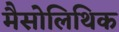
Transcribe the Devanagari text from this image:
मैसोलिथिक